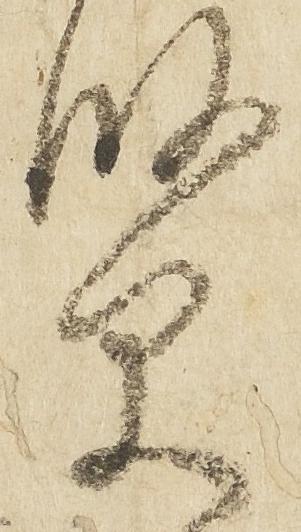
賢